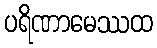
ပရိဏာမေဿထ